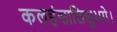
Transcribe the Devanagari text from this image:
कलहंसालिसुभगे।